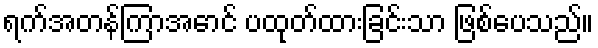
ရက်အတန်ကြာအောင် ပထုတ်ထားခြင်းသာ ဖြစ်ပေသည်။